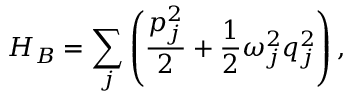
H _ { B } = \sum _ { j } \left( \frac { p _ { j } ^ { 2 } } { 2 } + \frac { 1 } { 2 } \omega _ { j } ^ { 2 } q _ { j } ^ { 2 } \right) ,